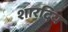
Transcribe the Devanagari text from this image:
शारदिय